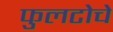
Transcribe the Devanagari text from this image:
फुलटोचे